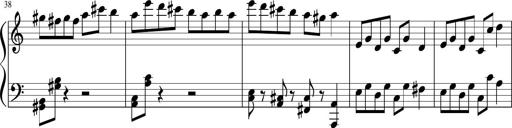
Title: Sonatine Nr.1 in C-Dur
Composer: DÃ©sirÃ©e Manns
Key: C major